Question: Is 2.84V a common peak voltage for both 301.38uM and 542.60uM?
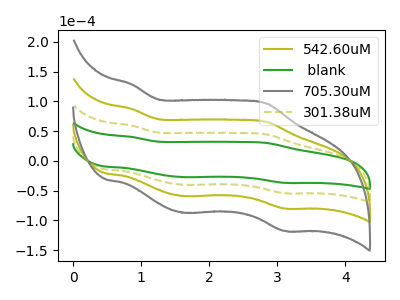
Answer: <think>The olive curve "542.60uM" has anodic peaks at (0.85V, 118.35uA) (2.85V, 88.75uA) and cathodic peaks at (1.65V, -80.30uA) (3.10V, -108.50uA). The green curve " blank" has anodic peaks at (0.85V, 40.20uA) (2.85V, 30.10uA) and cathodic peaks at (1.65V, -27.25uA) (3.10V, -36.85uA). The gray curve "705.30uM" has anodic peaks at (0.85V, 177.55uA) (2.85V, 133.10uA) and cathodic peaks at (1.65V, -120.45uA) (3.10V, -162.75uA). The olive dashed curve "301.38uM" has anodic peaks at (0.85V, 59.20uA) (2.85V, 44.35uA) and cathodic peaks at (1.65V, -40.15uA) (3.10V, -54.25uA).</think>
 <answer>Yes, "301.38uM" and "542.60uM" share a peak at 2.84V.</answer>
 <eval>match</eval>